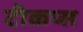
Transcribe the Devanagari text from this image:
टीकप्स